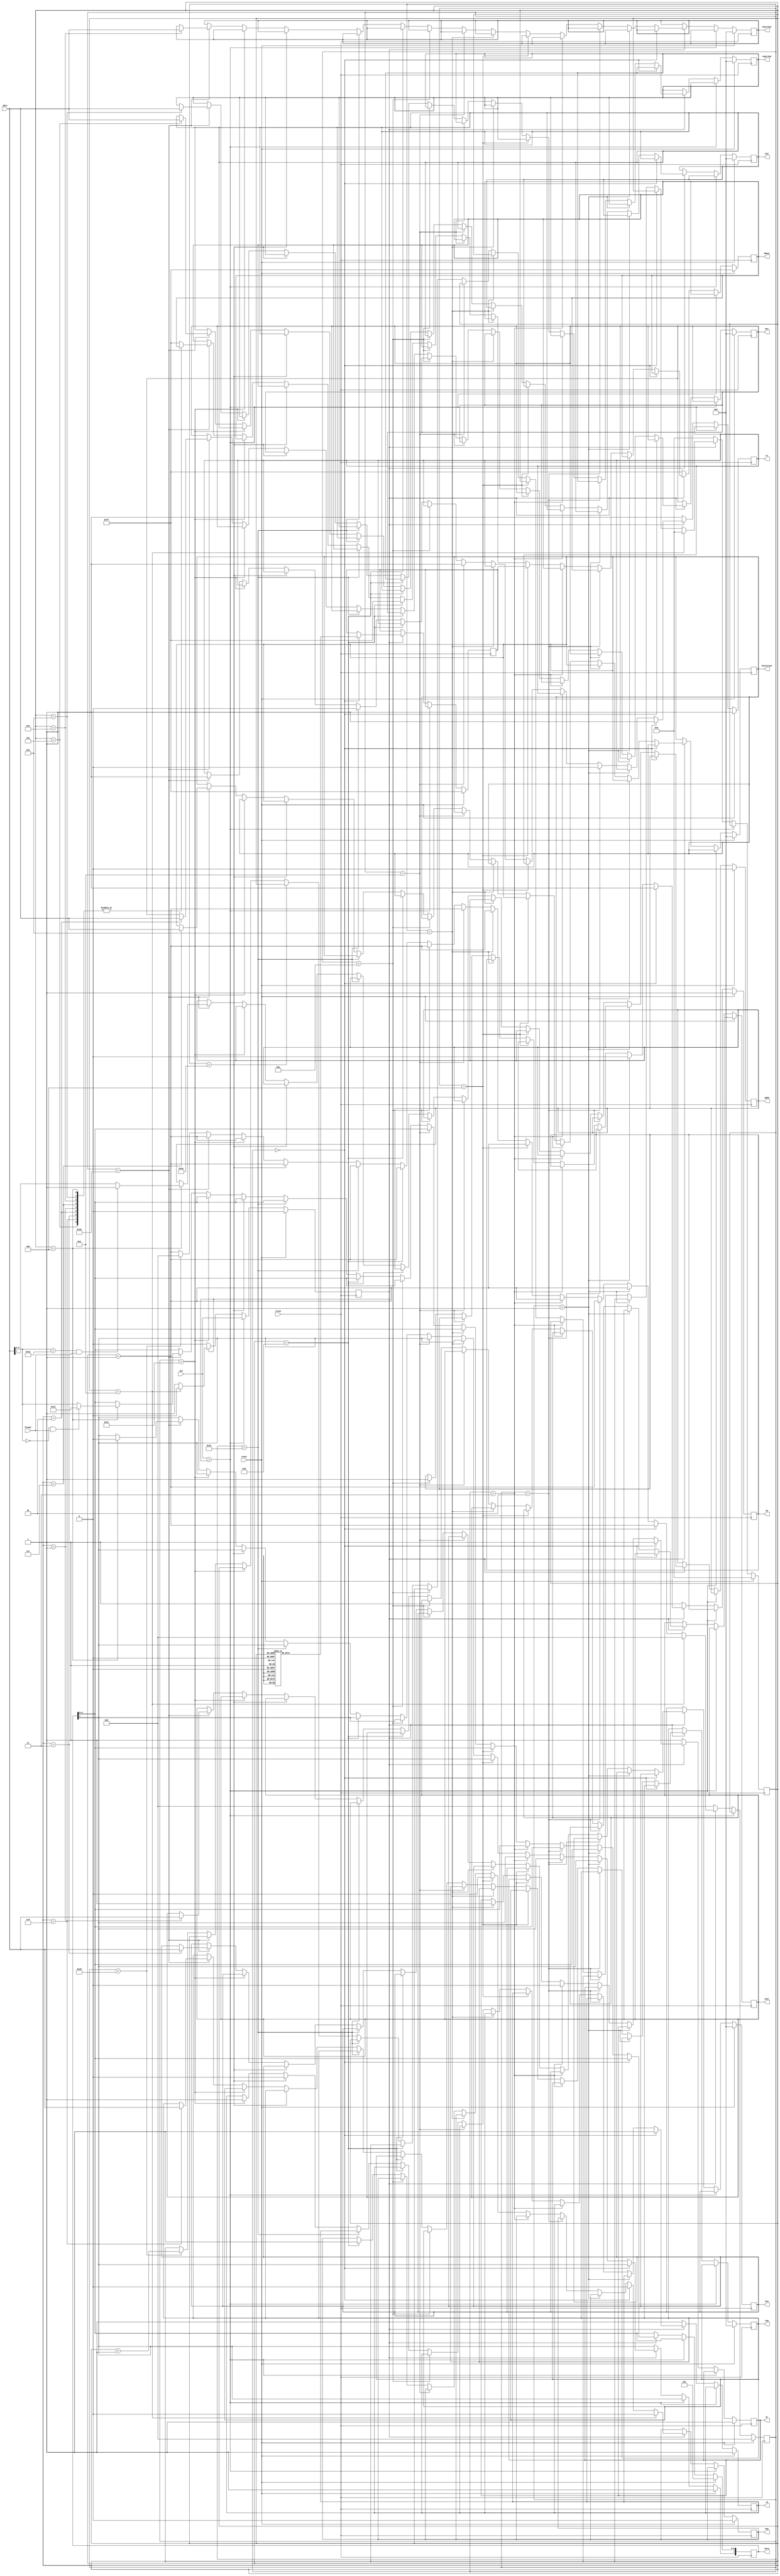
`timescale 1ns / 1ps
//////////////////////////////////////////////////////////////////////////////////
// Company: 
// Engineer: 
// 
// Design Name: 
// Module Name:    Ext_datos 
// Project Name: 
// Target Devices: 
// Tool versions: 
// Description: 
//
// Dependencies: 
//
// Revision: 
// Revision 0.01 - File Created
// Additional Comments: 
//
//////////////////////////////////////////////////////////////////////////////////
module Ext_datos(
    input [7:0] ADin,
	 input clock,
	 input reset,
	 input chs,
	 input format,
	 output reg [7:0] ADout,
    output reg ad,
    output reg wr,
    output reg rd,
    output reg cs,
	 output reg [7:0]hora,
	 output reg [7:0]min,
	 output reg [7:0]seg,
	 output reg [7:0]dia,
	 output reg [7:0]mes,
	 output reg [7:0]year,
	 output reg [7:0]horacrono,
	 output reg [7:0]mincrono,
	 output reg [7:0]segcrono,
	 output reg AmPm,
	 output reg Pup
    );
reg [5:0]cont;
reg [3:0]contadd;
reg [7:0]dir;
reg chsref;

always @(posedge clock)
begin
	if (reset)
	begin
	ad<=1'h1;
	wr<=1'h1;
	rd<=1'h1;
	cs<=1'h1;
	ADout<=8'hff;
	cont<=0;
	AmPm<=0;
	contadd<=0;
	hora<=8'b10000000;
	min<=0;
	seg<=0;
	dia<=0;
	mes<=0;
	year<=0;
	horacrono<=0;
	mincrono<=0;
	segcrono<=0;
	chsref<=0;
	dir<=8'hff;
	Pup<=0;
	
	end
	else if (chs>chsref) chsref<=chs;
	else if (chsref) 
	begin
	if (cont==0)
	begin
	case (contadd)
		4'b0000:dir<=8'hf0;
		4'b0001:dir<=8'h26;
		4'b0010:dir<=8'h25;
		4'b0011:dir<=8'h24;
		4'b0100:dir<=8'h23;
		4'b0101:dir<=8'h22;
		4'b0110:dir<=8'h21;
		4'b0111:dir<=8'h43;
		4'b1000:dir<=8'h42;
		4'b1001:dir<=8'h41;
		default dir<=8'hf0;
	endcase
	ad<=1;
	wr<=1;
	rd<=1;
	cs<=1;
	Pup<=0;
	cont<=cont+1'b1;
	end
		
	else if (cont==1)
	begin
		ad<=0;
		cont<=cont+1'b1;
	end
	else if(cont==2)
		begin
		cs<=0;
		cont<=cont+1'b1;
		end
	else if (cont==3)
		begin
		wr<=0;
		cont<=cont+1'b1;
		end
	else if (cont==4)
		begin
		Pup<=0;
		ADout<=dir;
		cont<=cont+1'b1;
		end
	else if (cont==9)
		begin
		wr<=1;
		cont<=cont+1'b1;
		end
	else if (cont==10)
		begin
		cs<=1;
		cont<=cont+1'b1;
		end
	else if (cont==11)
		begin
		ad<=1;
		cont<=cont+1'b1;
		end
	else if (cont==13)
		begin
		ADout<=8'hff;
		Pup<=1;
		cont<=cont+1'b1;
		end
	else if (cont==21)
		begin
		cs<=0;
		cont<=cont+1'b1;
		end
	else if (cont==22)
		begin
		rd<=0;
		cont<=cont+1'b1;
		end
	
	else if (cont==28)
		begin
		rd<=1;
		cont<=cont+1'b1;
		end
	else if (cont==29)
		begin
		case (contadd)
		4'b0001:year<=ADin;
		4'b0010:mes<=ADin;
		4'b0011:dia<=ADin;
		4'b0100:begin
					if (ADin[6:0]==7'h00&&format==1)hora[6:0]<=7'h12;
					else hora[6:0]<=ADin[6:0];
					hora[7]<=0;
					if (ADin[6:0]==7'h12&&format==1)AmPm<=1;
					else AmPm<=ADin[7];
					
					end
		4'b0101:min<=ADin;
		4'b0110:seg<=ADin;
		4'b0111:horacrono<=ADin;
		4'b1000:mincrono<=ADin;
		4'b1001:segcrono<=ADin;
		default ADout<=8'hff;
		endcase
		cs<=1;
		cont<=cont+1'b1;
		end
	else if (cont==40)
		begin
		cont<=0;
		contadd<=contadd+1'b1;
		end
	else cont<=cont+1'b1;
	
	if (contadd==10)
		begin
		contadd<=0;
		cont<=0;
		chsref<=0;
		Pup<=0;
		end
	
	end
	else
	begin
	ADout<=8'hff;
	cs<=1'h1;
	ad<=1'h1;
	wr<=1'h1;
	rd<=1'h1;
	cont<=0;
	contadd<=0;
	end
end
endmodule